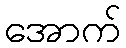
အောက်